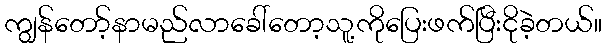
ကျွန်တော့်နာမည်လာခေါ်တော့သူ့ကိုပြေးဖက်ပြီးငိုခဲ့တယ်။